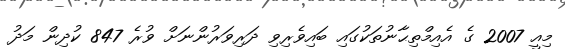
މިއީ 2007 ގެ އެއިމްތިޙާނުތަކުގައި ބައިވެރިވި ދަރިވަރުންނަށް ވުރެ 847 ކުދިން މަދު